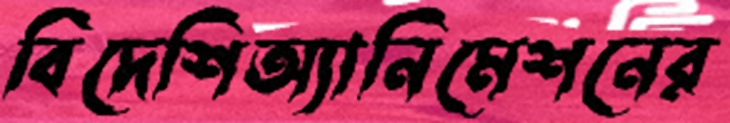
বিদেশিঅ্যানিমেশনের